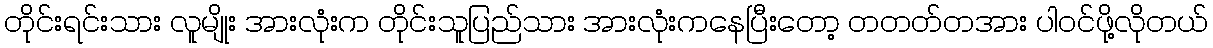
တိုင်းရင်းသား လူမျိုး အားလုံးက တိုင်းသူပြည်သား အားလုံးကနေပြီးတော့ တတတ်တအား ပါဝင်ဖို့လိုတယ်